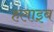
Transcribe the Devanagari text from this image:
हलाइब